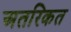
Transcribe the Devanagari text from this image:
अतरिकत